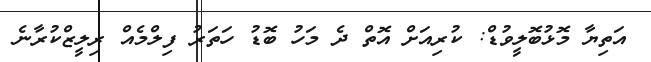
އަތިޔާ މޮޅުބޮލީވުޑް: ކުރިއަށް އޮތް ދެ މަހު ބޮޑު ހަތަރު ފިލްމެއް ރިލީޒްކުރާނެ